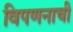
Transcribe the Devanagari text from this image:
विपणनाची